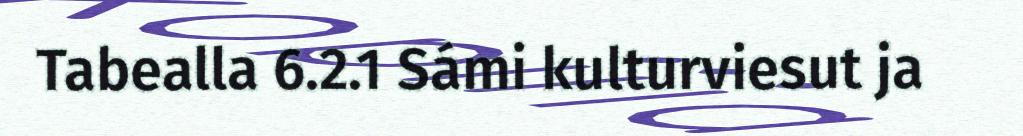
Tabealla 6.2.1 Sámi kulturviesut ja